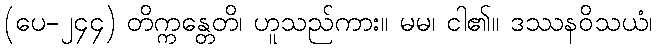
(ပေ-၂၄၄) တိက္ကန္တေတိ၊ ဟူသည်ကား။ မမ၊ ငါ၏။ ဒဿနဝိသယံ၊